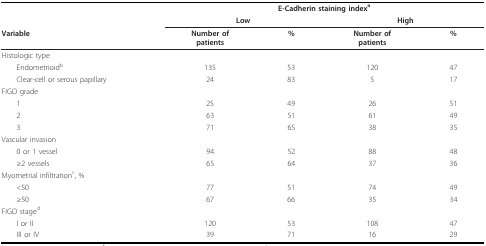
<table><thead><tr><td></td><td colspan="4"><b>E-Cadherin staining index<sup>a</sup></b></td></tr><tr><td></td><td colspan="2"><b>Low</b></td><td colspan="2"><b>High</b></td></tr><tr><td><b>Variable</b></td><td><b>Number ofpatients</b></td><td><b>%</b></td><td><b>Number ofpatients</b></td><td><b>%</b></td></tr></thead><tbody><tr><td>Histologic type</td><td></td><td></td><td></td><td></td></tr><tr><td> Endometrioid<sup>b</sup></td><td>135</td><td>53</td><td>120</td><td>47</td></tr><tr><td> Clear-cell or serous papillary</td><td>24</td><td>83</td><td>5</td><td>17</td></tr><tr><td>FIGO grade</td><td></td><td></td><td></td><td></td></tr><tr><td> 1</td><td>25</td><td>49</td><td>26</td><td>51</td></tr><tr><td> 2</td><td>63</td><td>51</td><td>61</td><td>49</td></tr><tr><td> 3</td><td>71</td><td>65</td><td>38</td><td>35</td></tr><tr><td>Vascular invasion</td><td></td><td></td><td></td><td></td></tr><tr><td> 0 or 1 vessel</td><td>94</td><td>52</td><td>88</td><td>48</td></tr><tr><td> ≥2 vessels</td><td>65</td><td>64</td><td>37</td><td>36</td></tr><tr><td>Myometrial infiltration<sup>c</sup>, %</td><td></td><td></td><td></td><td></td></tr><tr><td> &lt;50</td><td>77</td><td>51</td><td>74</td><td>49</td></tr><tr><td> ≥50</td><td>67</td><td>66</td><td>35</td><td>34</td></tr><tr><td>FIGO stage<sup>d</sup></td><td></td><td></td><td></td><td></td></tr><tr><td> I or II</td><td>120</td><td>53</td><td>108</td><td>47</td></tr><tr><td> III or IV</td><td>39</td><td>71</td><td>16</td><td>29</td></tr></tbody></table>